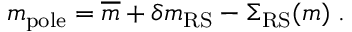
m _ { \mathrm { p o l e } } = \overline { { { m } } } + \delta m _ { \mathrm { R S } } - \Sigma _ { \mathrm { R S } } ( m ) \; .